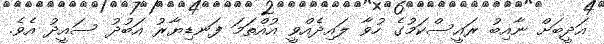
އަދީބަށް ނާއިބު ރައީސްކަމުގެ ހުވާ ލައިދެއްވީ އުއްތަމަ ފަނޑިޔާރު އަބުދު ސައީދު އެވެ.